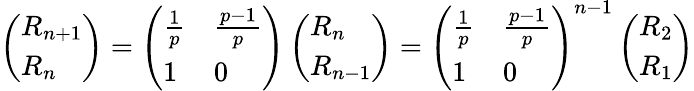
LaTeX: \left(\begin{array}{l}{R_{n+1}}\\ {R_{n}}\end{array}\right)=\left(\begin{array}{ll}{\frac{1}{p}}&{\frac{p-1}{p}}\\ {1}&{0}\end{array}\right)\left(\begin{array}{l}{R_{n}}\\ {R_{n-1}}\end{array}\right)=\left(\begin{array}{ll}{\frac{1}{p}}&{\frac{p-1}{p}}\\ {1}&{0}\end{array}\right)^{n-1}\left(\begin{array}{l}{R_{2}}\\ {R_{1}}\end{array}\right)